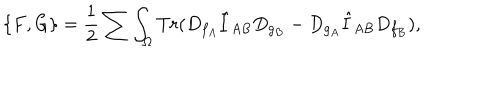
LaTeX: \{ F , G \} = { \frac { 1 } { 2 } } \sum \int _ { \Omega } T r ( D _ { f _ { A } } \hat { I } _ { A B } D _ { g _ { B } } - D _ { g _ { A } } \hat { I } _ { A B } D _ { f _ { B } } ) ,